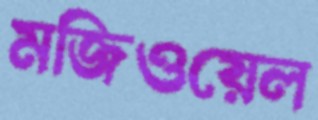
মজিওয়েল